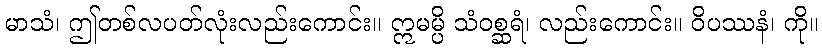
မာသံ၊ ဤတစ်လပတ်လုံးလည်းကောင်း။ ဣမမ္ပိ သံဝစ္ဆရံ၊ လည်းကောင်း။ ဝိပဿနံ၊ ကို။